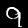
Digit: 9